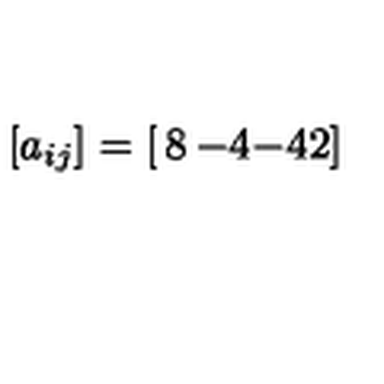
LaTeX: [ a _ { i j } ] = \left[ \begin{matrix} { 8 } & { - 4 } \\ { - 4 } & { 2 } \\ \end{matrix} \right]